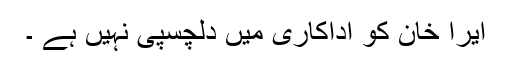
ایرا خان کو اداکاری میں دلچسپی نہیں ہے ۔